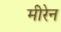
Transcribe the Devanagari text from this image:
मीरेन